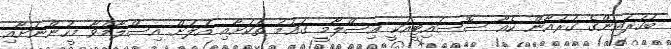
ބަހުރައިންގެ ގުރުއާން ކެއާ ސޮސައިޓީއަކީ އިސްލާމީ ގައުމު ތަކަށާއި އަލަށް އިސްލާމްވާ މީހުންނަށާއި